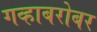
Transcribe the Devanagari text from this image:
गव्हाबरोबर